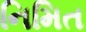
નિમિત